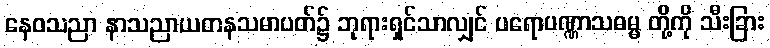
နေဝသညာ နာသညာယတနသမာပတ်၌ ဘုရားရှင်သာလျှင် ပရောပဏ္ဏာသဓမ္မ တို့ကို သီးခြား